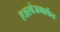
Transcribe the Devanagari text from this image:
एअरवेजमार्फत